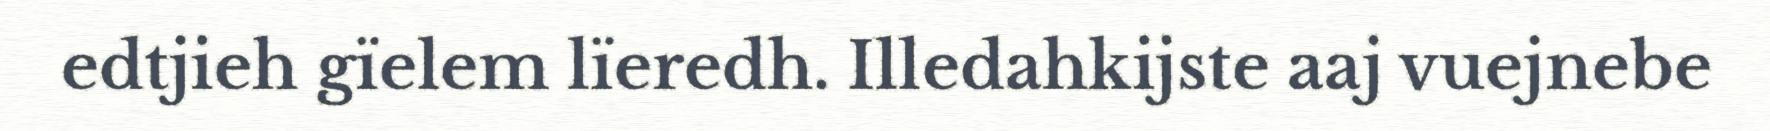
edtjieh gïelem lïeredh. Illedahkijste aaj vuejnebe